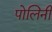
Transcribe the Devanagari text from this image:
पोलिनी